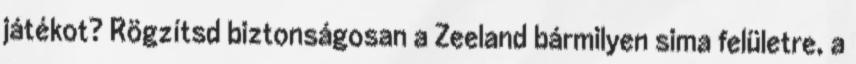
játékot? Rögzítsd biztonságosan a Zeeland bármilyen sima felületre, a